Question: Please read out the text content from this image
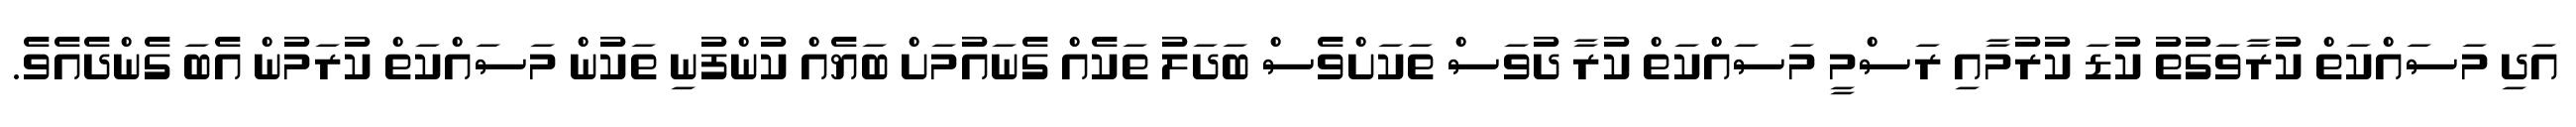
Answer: އަދި މަސައްކަތް ކުރާވަގުތު ކުޑަ ކުރުމާއި ރަސްމީ މަސައްކަތް ކުރާ ދުވަސް ތަކަށްވެސް ބަދަލު ތަކެއް ގެނައުމަށް ބަޔެއް ކުންފުނި ތަކުން މަސައްކަތް ކުރަމުން އެބަ ގެންދެއެވެ.